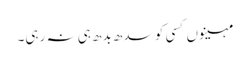
مہینوں کسی کو سدھ بدھ ہی نہ رہی۔